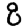
Digit: 8